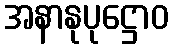
အနာနုပုဋ္ဌောဝ